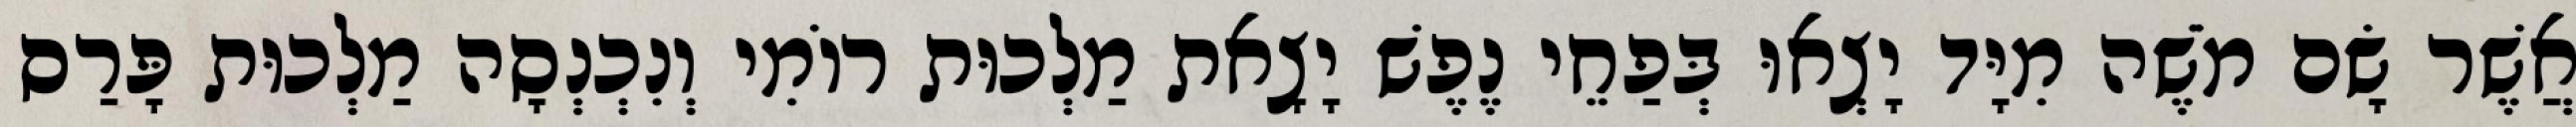
אֲשֶׁר שָׂם מֹשֶׁה מִיָּד יָצְאוּ בְּפַחֵי נֶפֶשׁ יָצָאת מַלְכוּת רוֹמִי וְנִכְנְסָה מַלְכוּת פָּרַס